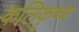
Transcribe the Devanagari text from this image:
कलिकृष्ण